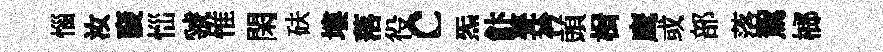
惱汝裦𢙉虢惟閑砆塿落役c炁飰甆衿頭楫鹰或部落駕榔